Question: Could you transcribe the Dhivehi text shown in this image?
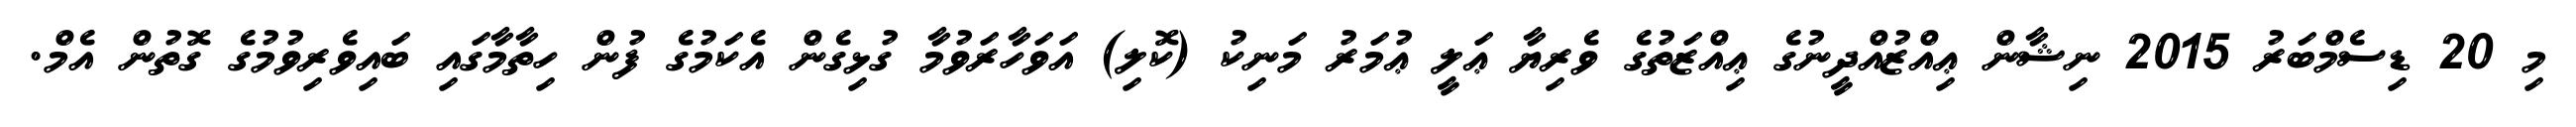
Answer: މި 20 ޑިސެމްބަރު 2015 ނިޝާން ޢިއްޒުއްދީނުގެ ޢިއްޒަތުގެ ވެރިޔާ ޢަލީ ޢުމަރު މަނިކު (ކޮލި) އަވަހާރަވުމާ ގުޅިގެން އެކަމުގެ ފުން ހިތާމާގައި ބައިވެރިވުމުގެ ގޮތުން އެމް.